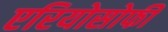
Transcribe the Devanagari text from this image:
एरियोसोफी